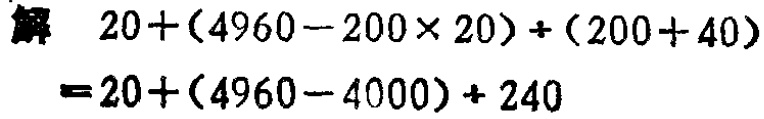
解 \(20+(4960 - 200\times20)+(200 + 40)\)
\(=20+(4960 - 4000)+240\)